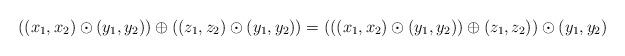
LaTeX: \begin{align*} ((x_1,x_2)\odot(y_1,y_2))\oplus((z_1,z_2)\odot(y_1,y_2))=(((x_1,x_2)\odot(y_1,y_2))\oplus(z_1,z_2))\odot(y_1,y_2) \end{align*}